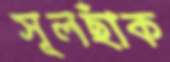
সূলছাঁক